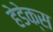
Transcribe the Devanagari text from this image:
हेडेक्स